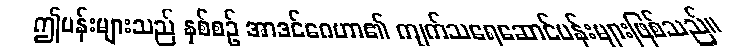
ဤပန်းများသည် နှစ်စဉ် အာဒင်ဂေဟာ၏ ကျက်သရေဆောင်ပန်းများဖြစ်သည်။